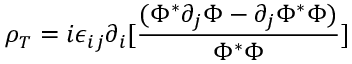
\rho _ { T } = i \epsilon _ { i j } \partial _ { i } [ { \frac { ( \Phi ^ { * } \partial _ { j } \Phi - \partial _ { j } \Phi ^ { * } \Phi ) } { \Phi ^ { * } \Phi } } ]